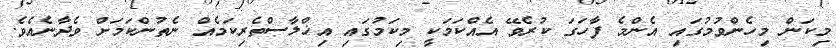
މިކަން މިހެންވުމުގައި އެންމެ ފާހަގަ ކުރެވޭ އެއްކަމަކީ މިކަމުގައި އިޚްލާސްތެރިކަމެއް ނެތުންކަމަށް ވެދާނެއެވެ.